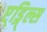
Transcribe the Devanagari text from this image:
ए्ड्गि्ल्स